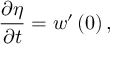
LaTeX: { \frac { \partial \eta } { \partial t } } = w ^ { \prime } \left( 0 \right) ,